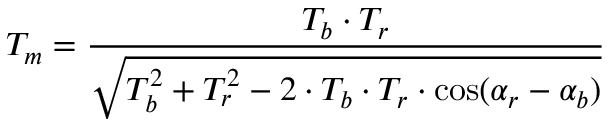
T _ { m } = { \frac { T _ { b } \cdot T _ { r } } { \sqrt { T _ { b } ^ { 2 } + T _ { r } ^ { 2 } - 2 \cdot T _ { b } \cdot T _ { r } \cdot \cos ( \alpha _ { r } - \alpha _ { b } ) } } }